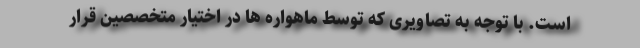
است. با توجه به تصاویری که توسط ماهواره ها در اختیار متخصصین قرار